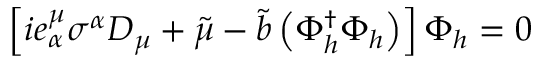
\left[ i e _ { \alpha } ^ { \mu } \sigma ^ { \alpha } D _ { \mu } + \widetilde { \mu } - \widetilde { b } \left( \Phi _ { h } ^ { \dagger } \Phi _ { h } \right) \right] \Phi _ { h } = 0